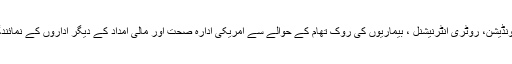
علاوہ ازیں بل اینڈ میلنڈا گیٹس فائونڈیشن، روٹری انٹرنیشنل ، بیماریوں کی روک تھام کے حوالے سے امریکی ادارہ صحت اور مالی امداد کے دیگر اداروں کے نمائندگان بھی اجلاس میں موجود تھے۔